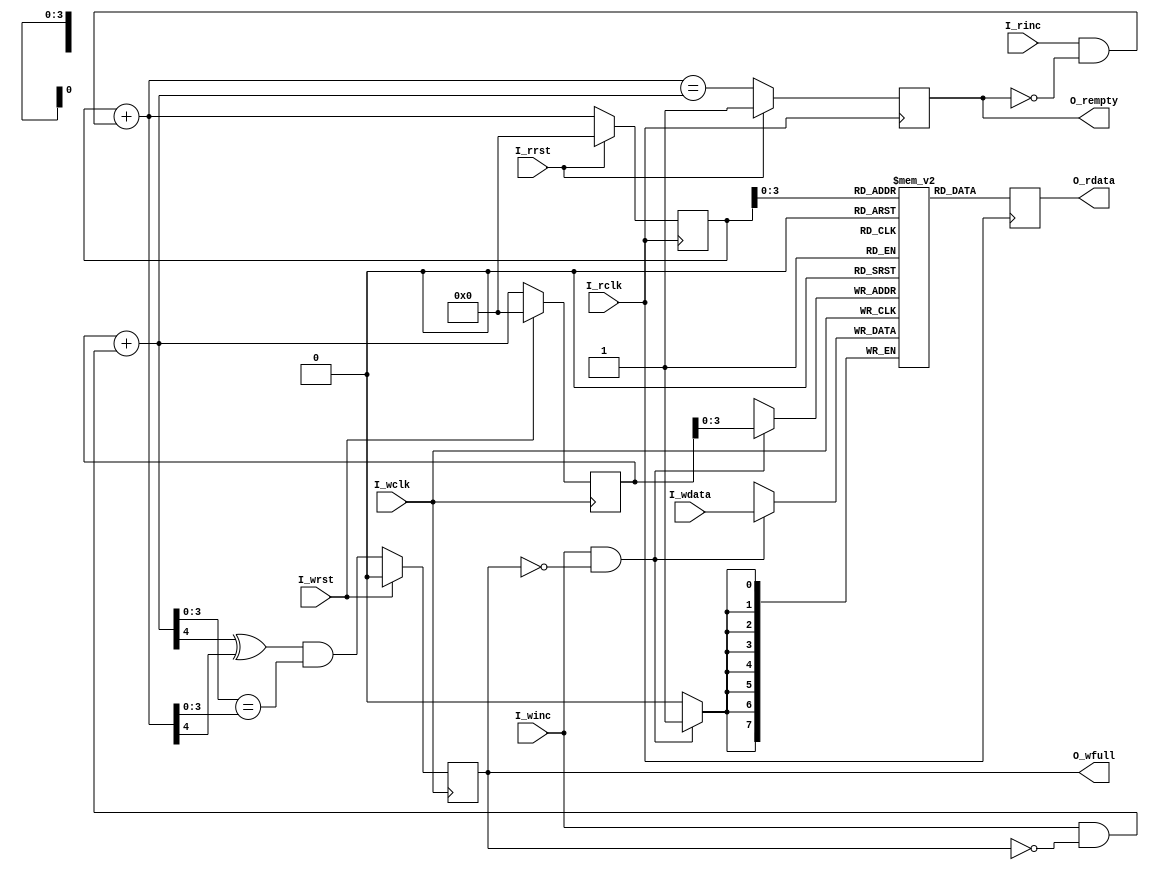
module syn_fifo #(
        parameter MEM_STYLE  = "block"  ,
        parameter ASIZE = 4             ,
        parameter DSIZE = 8 
        )(
input                   I_wrst    ,
input                   I_wclk    ,
input                   I_winc    ,
input      [DSIZE-1:0]  I_wdata   ,
output reg              O_wfull   ,
input                   I_rrst    ,
input                   I_rclk    ,
input                   I_rinc    ,
output reg [DSIZE-1:0]  O_rdata   ,
output reg              O_rempty    
);
////////////////////////////////////////////////////////////////////////////////////////////////////
// Naming specification                                                                         
// (1) w+"xxx" name type , means write clock domain                                             
//        such as wrst,wclk,winc,wdata, wptr, waddr,wfull, and so on                            
// (2) r+"xxx" name type , means read clock domain                                              
//        such as rrst,rclk,rinc,rdata, rptr, raddr,rempty, and so on                           
// (3) w+q2+"xxx" name type , w means write clock domain, q2 means delay 2 clocks               
//        such as wq2_rptr                                                                      
// (4) r+q2+"xxx" name type , r means read clock domain, q2 means delay 2 clocks                
//        such as rq2_wptr                                                                      
////////////////////////////////////////////////////////////////////////////////////////////////////
wire    [ASIZE-1:0]    S_waddr       ;
reg     [ASIZE  :0]    S_wptr        ;
wire    [ASIZE-1:0]    S_raddr       ;
reg     [ASIZE  :0]    S_rptr        ;
////////////////////////////////////////////////////////////////////////////////////////////////////
//                                                                                                
//    __    __    __    __    __    __    __    __    __    __    __    __    __    __    __    __
// __|  |__|  |__|  |__|  |__|  |__|  |__|  |__|  |__|  |__|  |__|  |__|  |__|  |__|  |__|  |__|  
//                                                                                                
//                                                                                                
////////////////////////////////////////////////////////////////////////////////////////////////////

////////////////////////////////////////////////////////////////////////////////////////////////////
//        u0_wptr_full                                                                           
////////////////////////////////////////////////////////////////////////////////////////////////////
reg  [ASIZE  :0] S_wbin        ;
wire [ASIZE  :0] S_wbinnext    ; 
wire             S_wfull_val   ;
reg  [ASIZE  :0] S_rq1_wptr = 0;
reg  [ASIZE  :0] S_rq2_wptr = 0;
reg  [ASIZE  :0] S_wq1_rptr = 0;
reg  [ASIZE  :0] S_wq2_rptr = 0;
// GRAYSTYLE2 pointer
always @(posedge I_wclk)begin
    if(I_wrst)begin
        S_wbin <= 0           	;
    end
    else begin
        S_wbin <= S_wbinnext    ;
    end
end
// Memory write-address pointer (okay to use binary to address memory)
assign S_waddr = S_wbin[ASIZE-1:0];
// wbin add winc when no full 
assign S_wbinnext = S_wbin + (I_winc & ~O_wfull);
// Simplified version of the three necessary full-tests
assign S_wfull_val = (S_wbinnext[ASIZE]       ^S_rbinnext[ASIZE]) &&
                     (S_wbinnext[ASIZE-1:0] == S_rbinnext[ASIZE-1:0]);
// Write full 
always @(posedge I_wclk)begin
    if(I_wrst)begin
        O_wfull <= 1'b0;
    end
    else begin
        O_wfull <= S_wfull_val;
    end
end
////////////////////////////////////////////////////////////////////////////////////////////////////
//        u0_fifomem                                                                       
////////////////////////////////////////////////////////////////////////////////////////////////////
// mem assign 
localparam DEPTH = 1 << ASIZE;
(* ram_style=MEM_STYLE *)reg [DSIZE-1:0] mem [0:DEPTH-1];

// write_process
always @(posedge I_wclk)begin
    if(I_winc && (!O_wfull))begin
        mem[S_waddr] <= I_wdata;
    end
end
// read process 
always @(posedge I_rclk)begin
    O_rdata <= mem[S_raddr];
end
////////////////////////////////////////////////////////////////////////////////////////////////////
//        u0_rptr_empty                                                                           
////////////////////////////////////////////////////////////////////////////////////////////////////
reg  [ASIZE  :0] S_rbin        ;
wire [ASIZE  :0] S_rbinnext    ; 
wire             S_rempty_val  ;
// GRAYSTYLE2 pointer
always @(posedge I_rclk)begin
    if(I_rrst)begin
        S_rbin <= 0             ;
    end
    else begin
        S_rbin <= S_rbinnext    ;
    end
end
// Memory read-address pointer (okay to use binary to address memory)
assign S_raddr = S_rbin[ASIZE-1:0];
// rbin add rinc when no empty
assign S_rbinnext = S_rbin + (I_rinc & ~O_rempty);
// FIFO empty when the next rptr ==  synchronized wptr or on reset
assign S_rempty_val = (S_rbinnext == S_wbinnext);
// O_rempty
always @(posedge I_rclk)begin
    if(I_rrst)begin
        O_rempty <= 1'b1       ;
    end
    else begin
        O_rempty <= S_rempty_val ; 
    end
end

endmodule